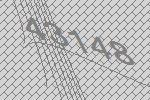
43148